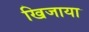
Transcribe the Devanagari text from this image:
खिजाया